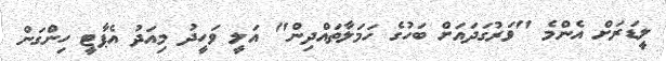
ލީޑަރަށް އެންމެ "ވަރުގަދައަށް ބަހުގެ ހަމަލާތައްދިން" އަލީ ވަހީދު މިއަދު އެޕާޓީ ހިންގަން